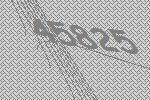
45825